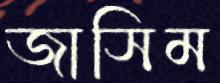
জাসিম